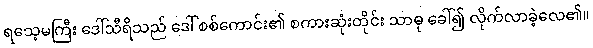
ရသေ့မကြီး ဒေါ်သီရိသည် ဒေါ် စစ်ကောင်း၏ စကားဆုံးတိုင်း သာဓု ခေါ်၍ လိုက်လာခဲ့လေ၏။